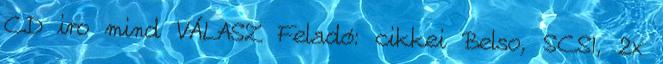
CD iro mind VÁLASZ Feladó: cikkei Belso, SCSI, 2x